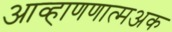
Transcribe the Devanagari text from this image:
आव्हाणणात्मअक